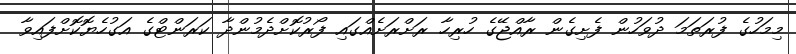
މިމަހުގެ ފުރަތަމަ ދުވަހުން ފެށިގެން ރާއްޖޭގެ ހުރިހާ ރަށްރަށެއްގައި ފޯރުކޮށްދެމުންދާ ކަރަންޓްގެ އަގުހެޔޮކޮށްފައިވާ